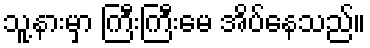
သူ့နားမှာ ကြီးကြီးမေ အိပ်နေသည်။